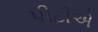
પીટીએ